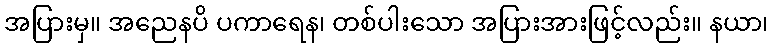
အပြားမှ။ အညေနပိ ပကာရေန၊ တစ်ပါးသော အပြားအားဖြင့်လည်း။ နယာ၊